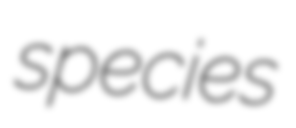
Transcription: species